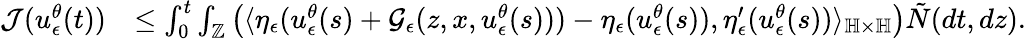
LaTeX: \begin{array}{rl}{\mathcal{J}(u_{\epsilon}^{\theta}(t))}&{\leq\int_{0}^{t}\int_{\mathbb{Z}}\left(\langle\eta_{\epsilon}(u_{\epsilon}^{\theta}(s)+\mathcal{G}_{\epsilon}(z,x,u_{\epsilon}^{\theta}(s)))-\eta_{\epsilon}(u_{\epsilon}^{\theta}(s)),\eta_{\epsilon}^{\prime}(u_{\epsilon}^{\theta}(s))\rangle_{\mathbb{H}\times\mathbb{H}}\right)\tilde{N}(dt,dz).}\end{array}